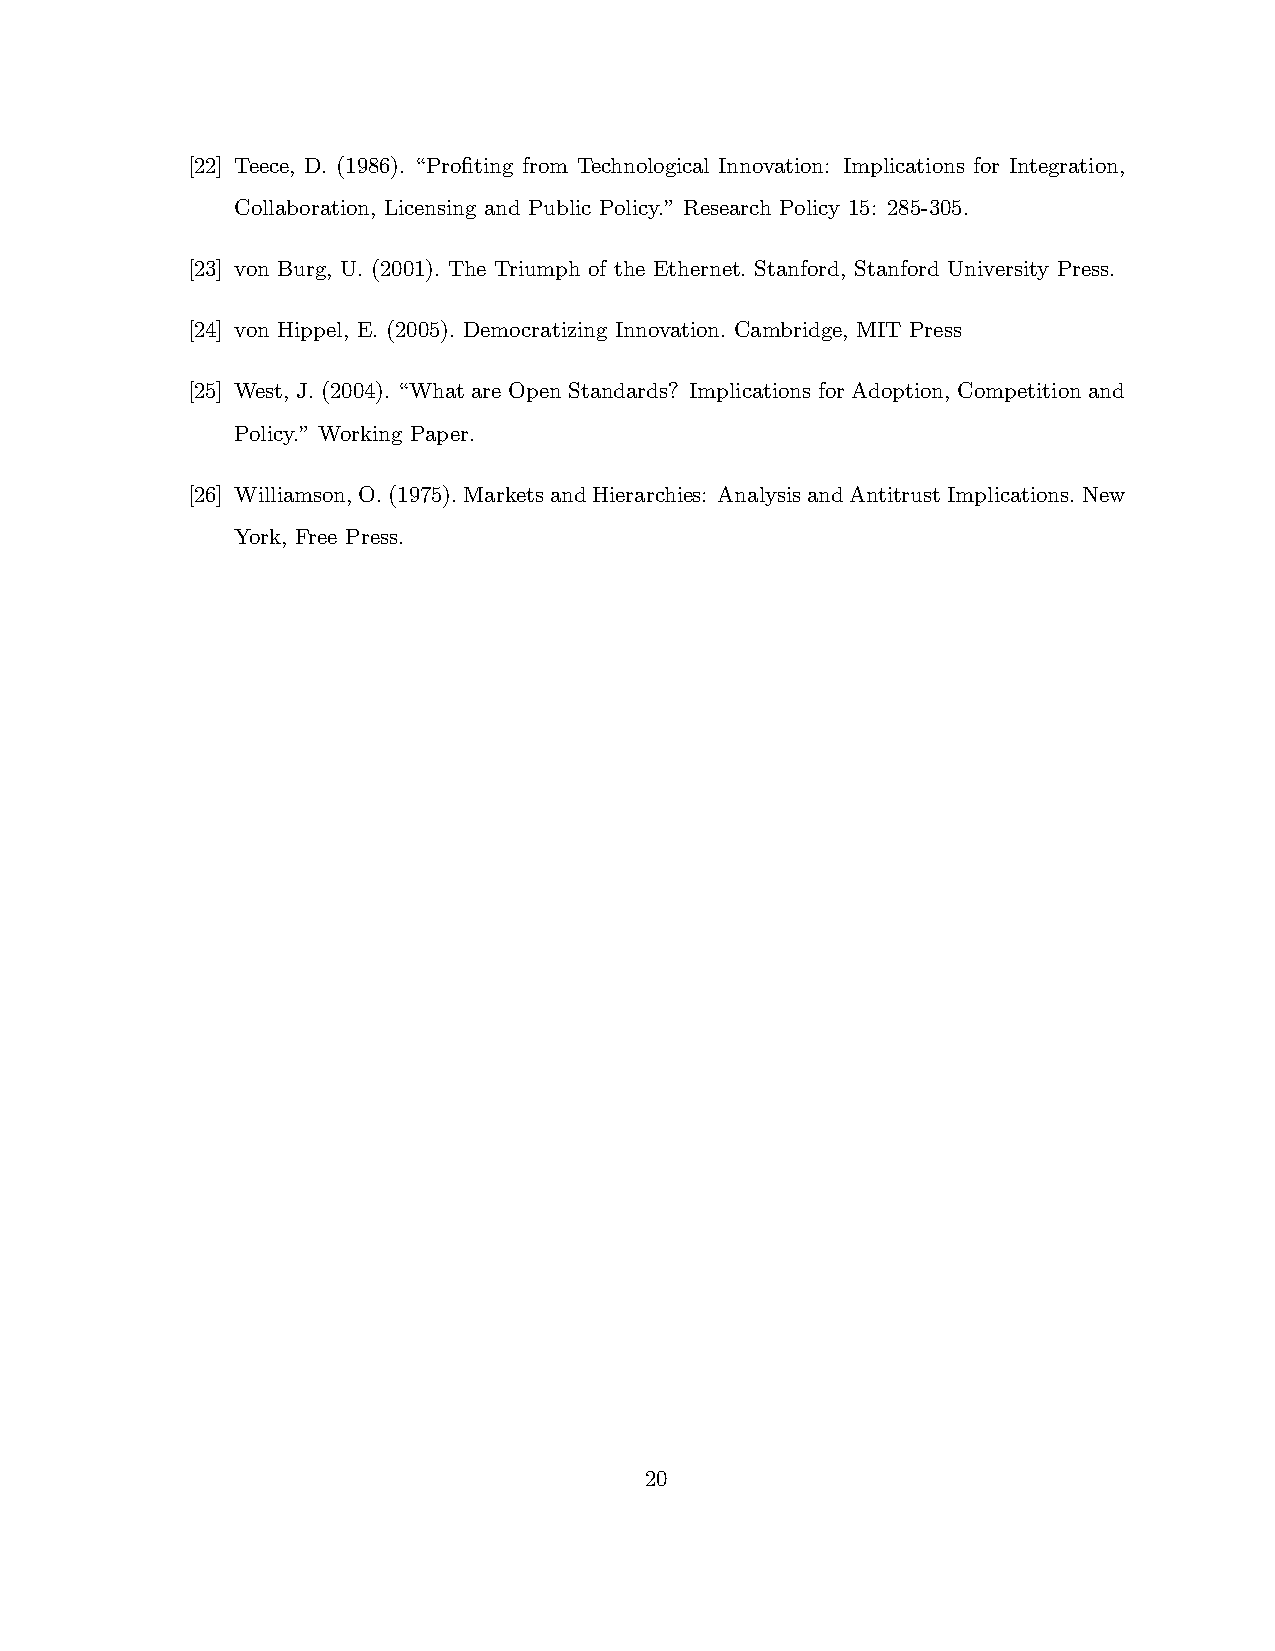
[22] Teece, D. (1986). “Proting from Technological Innovation: Implications for Integration,
 Collaboration, Licensing and Public Policy.” Research Policy 15: 285-305.
 [23] von Burg, U. (2001). The Triumph of the Ethernet. Stanford, Stanford University Press.
 [24] von Hippel, E. (2005). Democratizing Innovation. Cambridge, MIT Press
 [25] West, J. (2004). “What are Open Standards? Implications for Adoption, Competition and
 Policy.” Working Paper.
 [26] Williamson,O.(1975).MarketsandHierarchies: AnalysisandAntitrustImplications.New
 York, Free Press.
 20